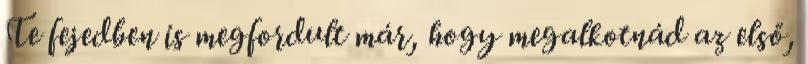
Te fejedben is megfordult már, hogy megalkotnád az első,